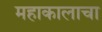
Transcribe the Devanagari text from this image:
महाकालाचा